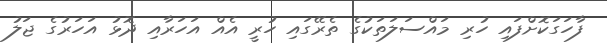
ފާހަގަކޮށްފައި ހުރި މައްސަލަތަކުގެ ތެރޭގައި ހުރީ އެއް އަހަރާއި ދޮޅު އަހަރުގެ ޖަލު